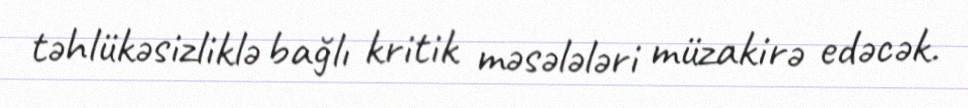
təhlükəsizliklə bağlı kritik məsələləri müzakirə edəcək.